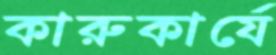
কারুকার্যে